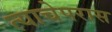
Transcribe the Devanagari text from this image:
त्याचेपरास